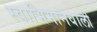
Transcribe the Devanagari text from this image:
स्वाभिमानवाली